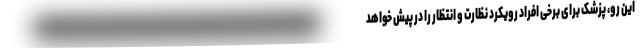
این رو، پزشک برای برخی افراد رویکرد نظارت و انتظار را در پیش خواهد